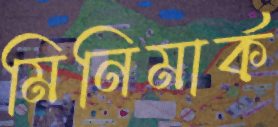
মিনিমার্ক